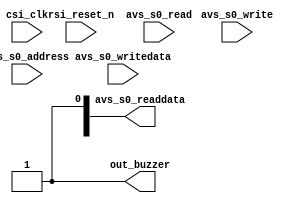
module buzzerModule(
	input csi_clk,
	input rsi_reset_n,
	
	// Avalon MM
	
	input avs_s0_write,
	input avs_s0_read,
	input[2:0] avs_s0_address,
	input[31:0] avs_s0_writedata,
	
	output[31:0] avs_s0_readdata,
	
	// Output 
	output out_buzzer
);

assign out_buzzer = 1;

endmodule